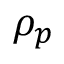
\rho _ { p }